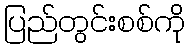
ပြည်တွင်းစစ်ကို